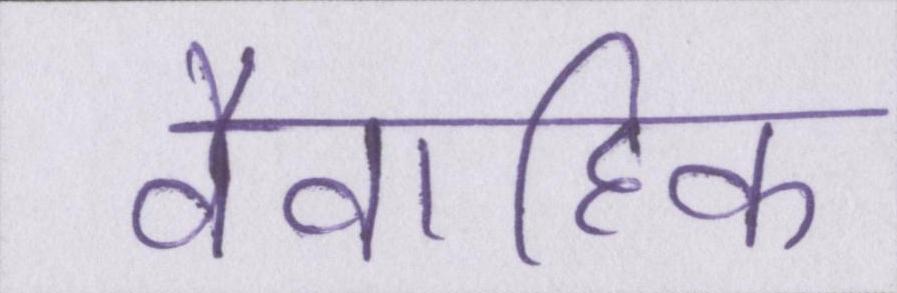
वैवाहिक